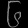
Digit: ၆